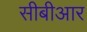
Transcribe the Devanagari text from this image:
सीबीआर